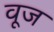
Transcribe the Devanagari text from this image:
वूज